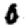
Digit: 0